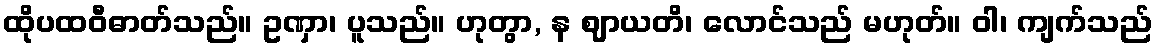
ထိုပထဝီဓာတ်သည်။ ဥဏှာ၊ ပူသည်။ ဟုတွာ, န ဈာယတိ၊ လောင်သည် မဟုတ်။ ဝါ၊ ကျက်သည်